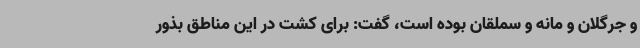
و جرگلان و مانه و سملقان بوده است، گفت: برای کشت در این مناطق بذور